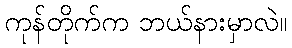
ကုန်တိုက်က ဘယ်နားမှာလဲ။